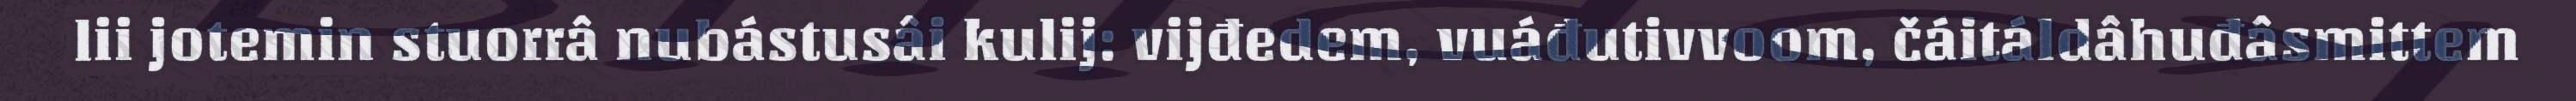
lii jotemin stuorrâ nubástusâi kulij: vijđedem, vuáđutivvoom, čáitáldâhuđâsmittem